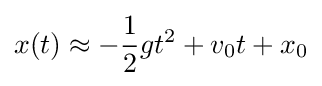
x(t)\approx -{\frac {1}{2}}gt^{2}+v_{0}t+x_{0}